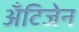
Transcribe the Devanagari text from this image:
अँटिजेन